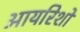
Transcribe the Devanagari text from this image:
आयरिशों